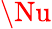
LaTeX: \Nu